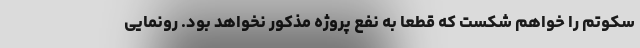
سکوتم را خواهم شکست که قطعاً به نفع پروژه مذکور نخواهد بود. رونمایی